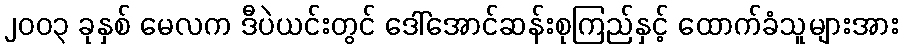
၂၀၀၃ ခုနှစ် မေလက ဒီပဲယင်းတွင် ဒေါ်အောင်ဆန်းစုကြည်နှင့် ထောက်ခံသူများအား